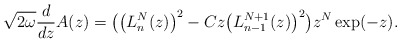
\begin{gather*} \sqrt{2\omega }\frac{d}{dz}A(z) =\big( \big( L_{n}^{N} ( z ) \big) ^{2}-Cz\big( L_{n-1}^{N+1}(z) \big) ^{2}\big) z^{N}\exp (-z). \end{gather*}